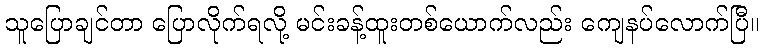
သူပြောချင်တာ ပြောလိုက်ရလို့ မင်းခန့်ထူးတစ်ယောက်လည်း ကျေနပ်လောက်ပြီ။